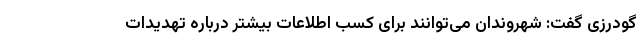
گودرزی گفت: شهروندان می‌توانند برای کسب اطلاعات بیشتر درباره تهدیدات